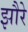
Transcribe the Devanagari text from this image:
झौरे